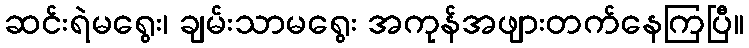
ဆင်းရဲမရွေး၊ ချမ်းသာမရွေး အကုန်အဖျားတက်နေကြပြီ။